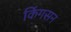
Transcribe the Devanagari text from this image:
किंगसन